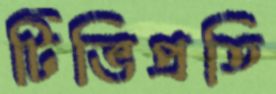
টিভিপ্রতি